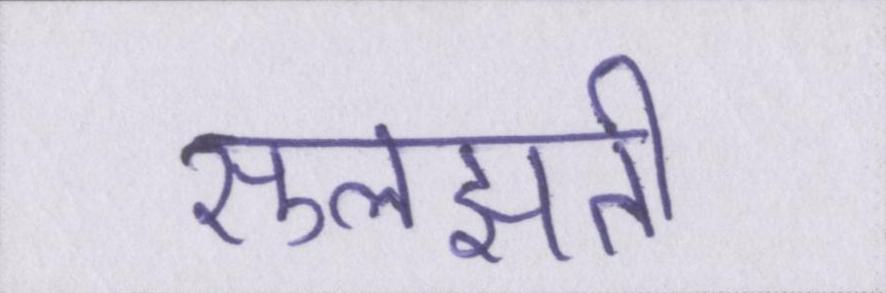
सुलझती